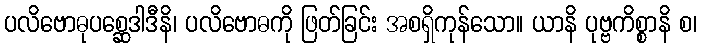
ပလိဗောဓုပစ္ဆေဒါဒီနိ၊ ပလိဗောဓကို ဖြတ်ခြင်း အစရှိကုန်သော။ ယာနိ ပုဗ္ဗကိစ္စာနိ စ၊